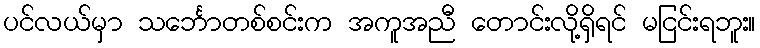
ပင်လယ်မှာ သင်္ဘောတစ်စင်းက အကူအညီ တောင်းလို့ရှိရင် မငြင်းရဘူး။